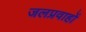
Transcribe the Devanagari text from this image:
जलप्रवाहों